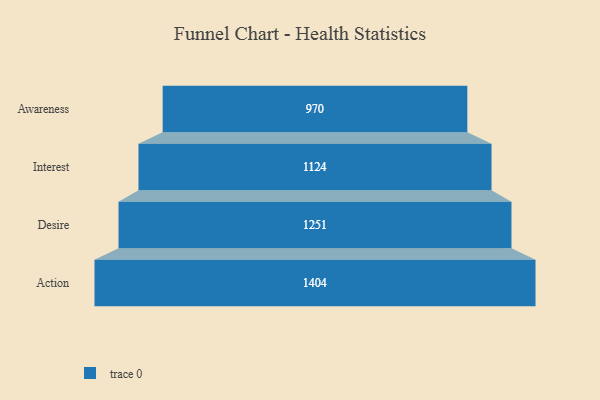
{"axis": {"x": "Stage", "y": "Value"}, "legend": [""], "data": [{"x": "Awareness", "y": 970.0, "type": ""}, {"x": "Interest", "y": 1124.0, "type": ""}, {"x": "Desire", "y": 1251.0, "type": ""}, {"x": "Action", "y": 1404.0, "type": ""}]}